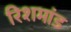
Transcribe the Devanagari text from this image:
रिशमांड